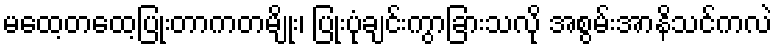
မထေ့တထေ့ပြုံးတာကတမျိုး၊ ပြုံးပုံချင်းကွာခြားသလို အစွမ်းအာနိသင်ကလဲ